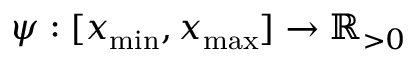
\psi : [ x _ { \mathrm { m i n } } , x _ { \mathrm { m a x } } ] \to \mathbb { R } _ { > 0 }